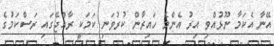
އޭނާ އެކަމާ ނޫޅުއްވި އިރު އެންމެ ހައިރާން ކުރުވަނި ކަމަކީ ރާއްޖޭގައި ރަސްކަމުގެ